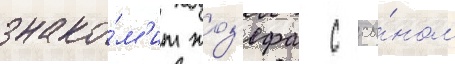
знако́м'ит жоз'ефа с сы́ном